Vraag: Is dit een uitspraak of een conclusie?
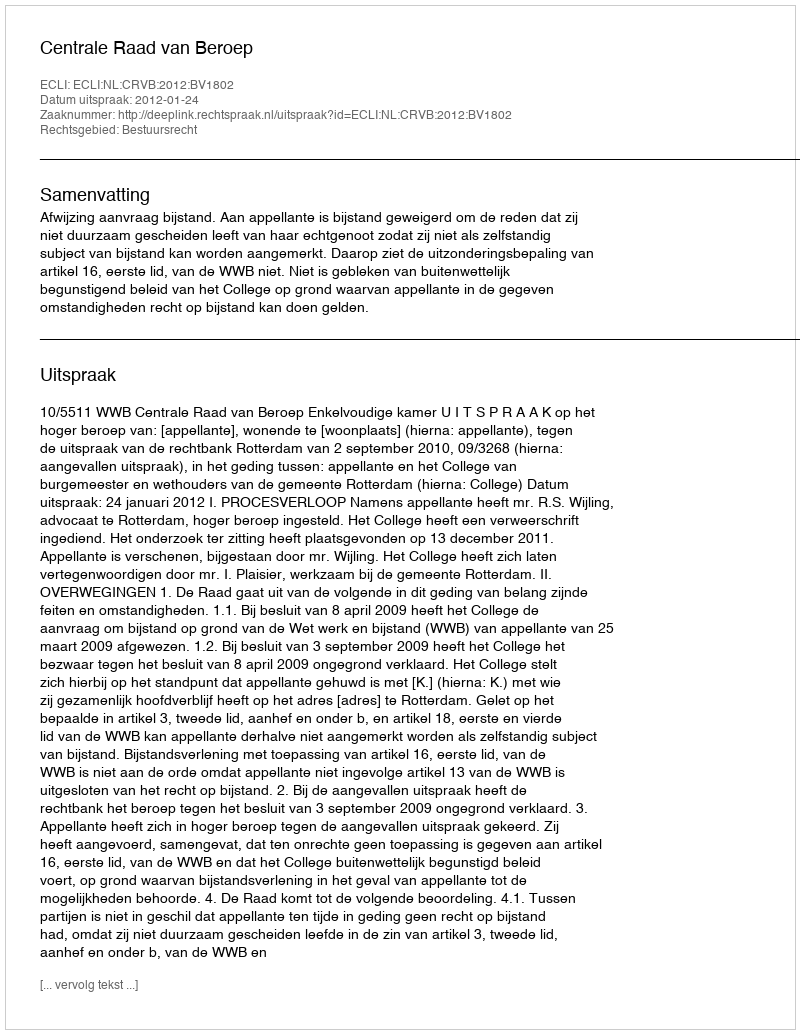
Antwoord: Uitspraak